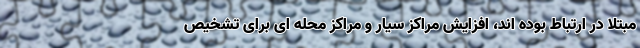
مبتلا در ارتباط بوده اند، افزایش مراکز سیار و مراکز محله ای برای تشخیص